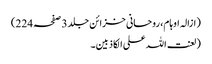
(ازالہ اوہام، روحانی خزائن جلد 3 صفحہ 224)
(لعنت اللہ علی الکاذبین۔